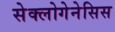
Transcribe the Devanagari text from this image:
सेक्लोगेनेसिस